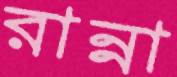
রান্না